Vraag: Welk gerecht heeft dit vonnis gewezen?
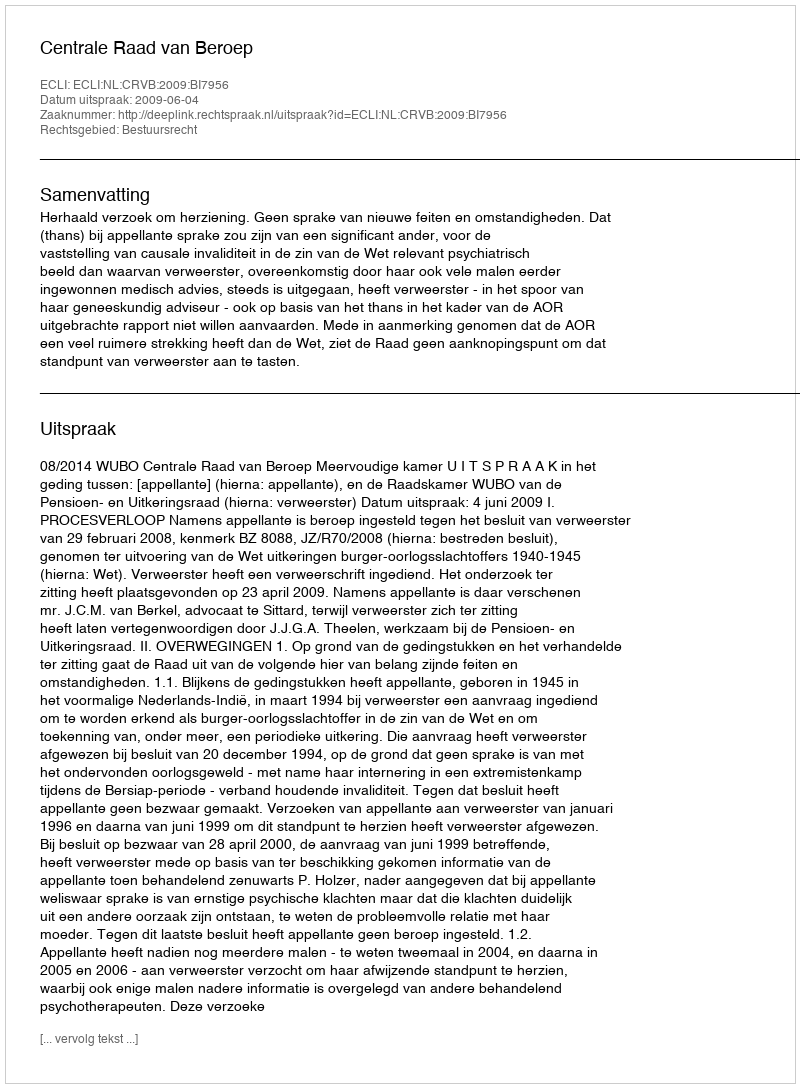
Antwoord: Centrale Raad van Beroep